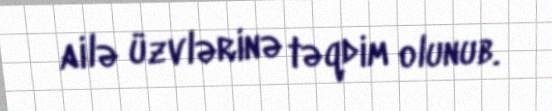
ailə üzvlərinə təqdim olunub.